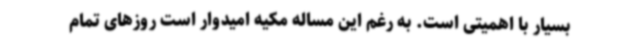
بسیار با اهمیتی است. به رغم این مساله مکیه امیدوار است روزهای تمام